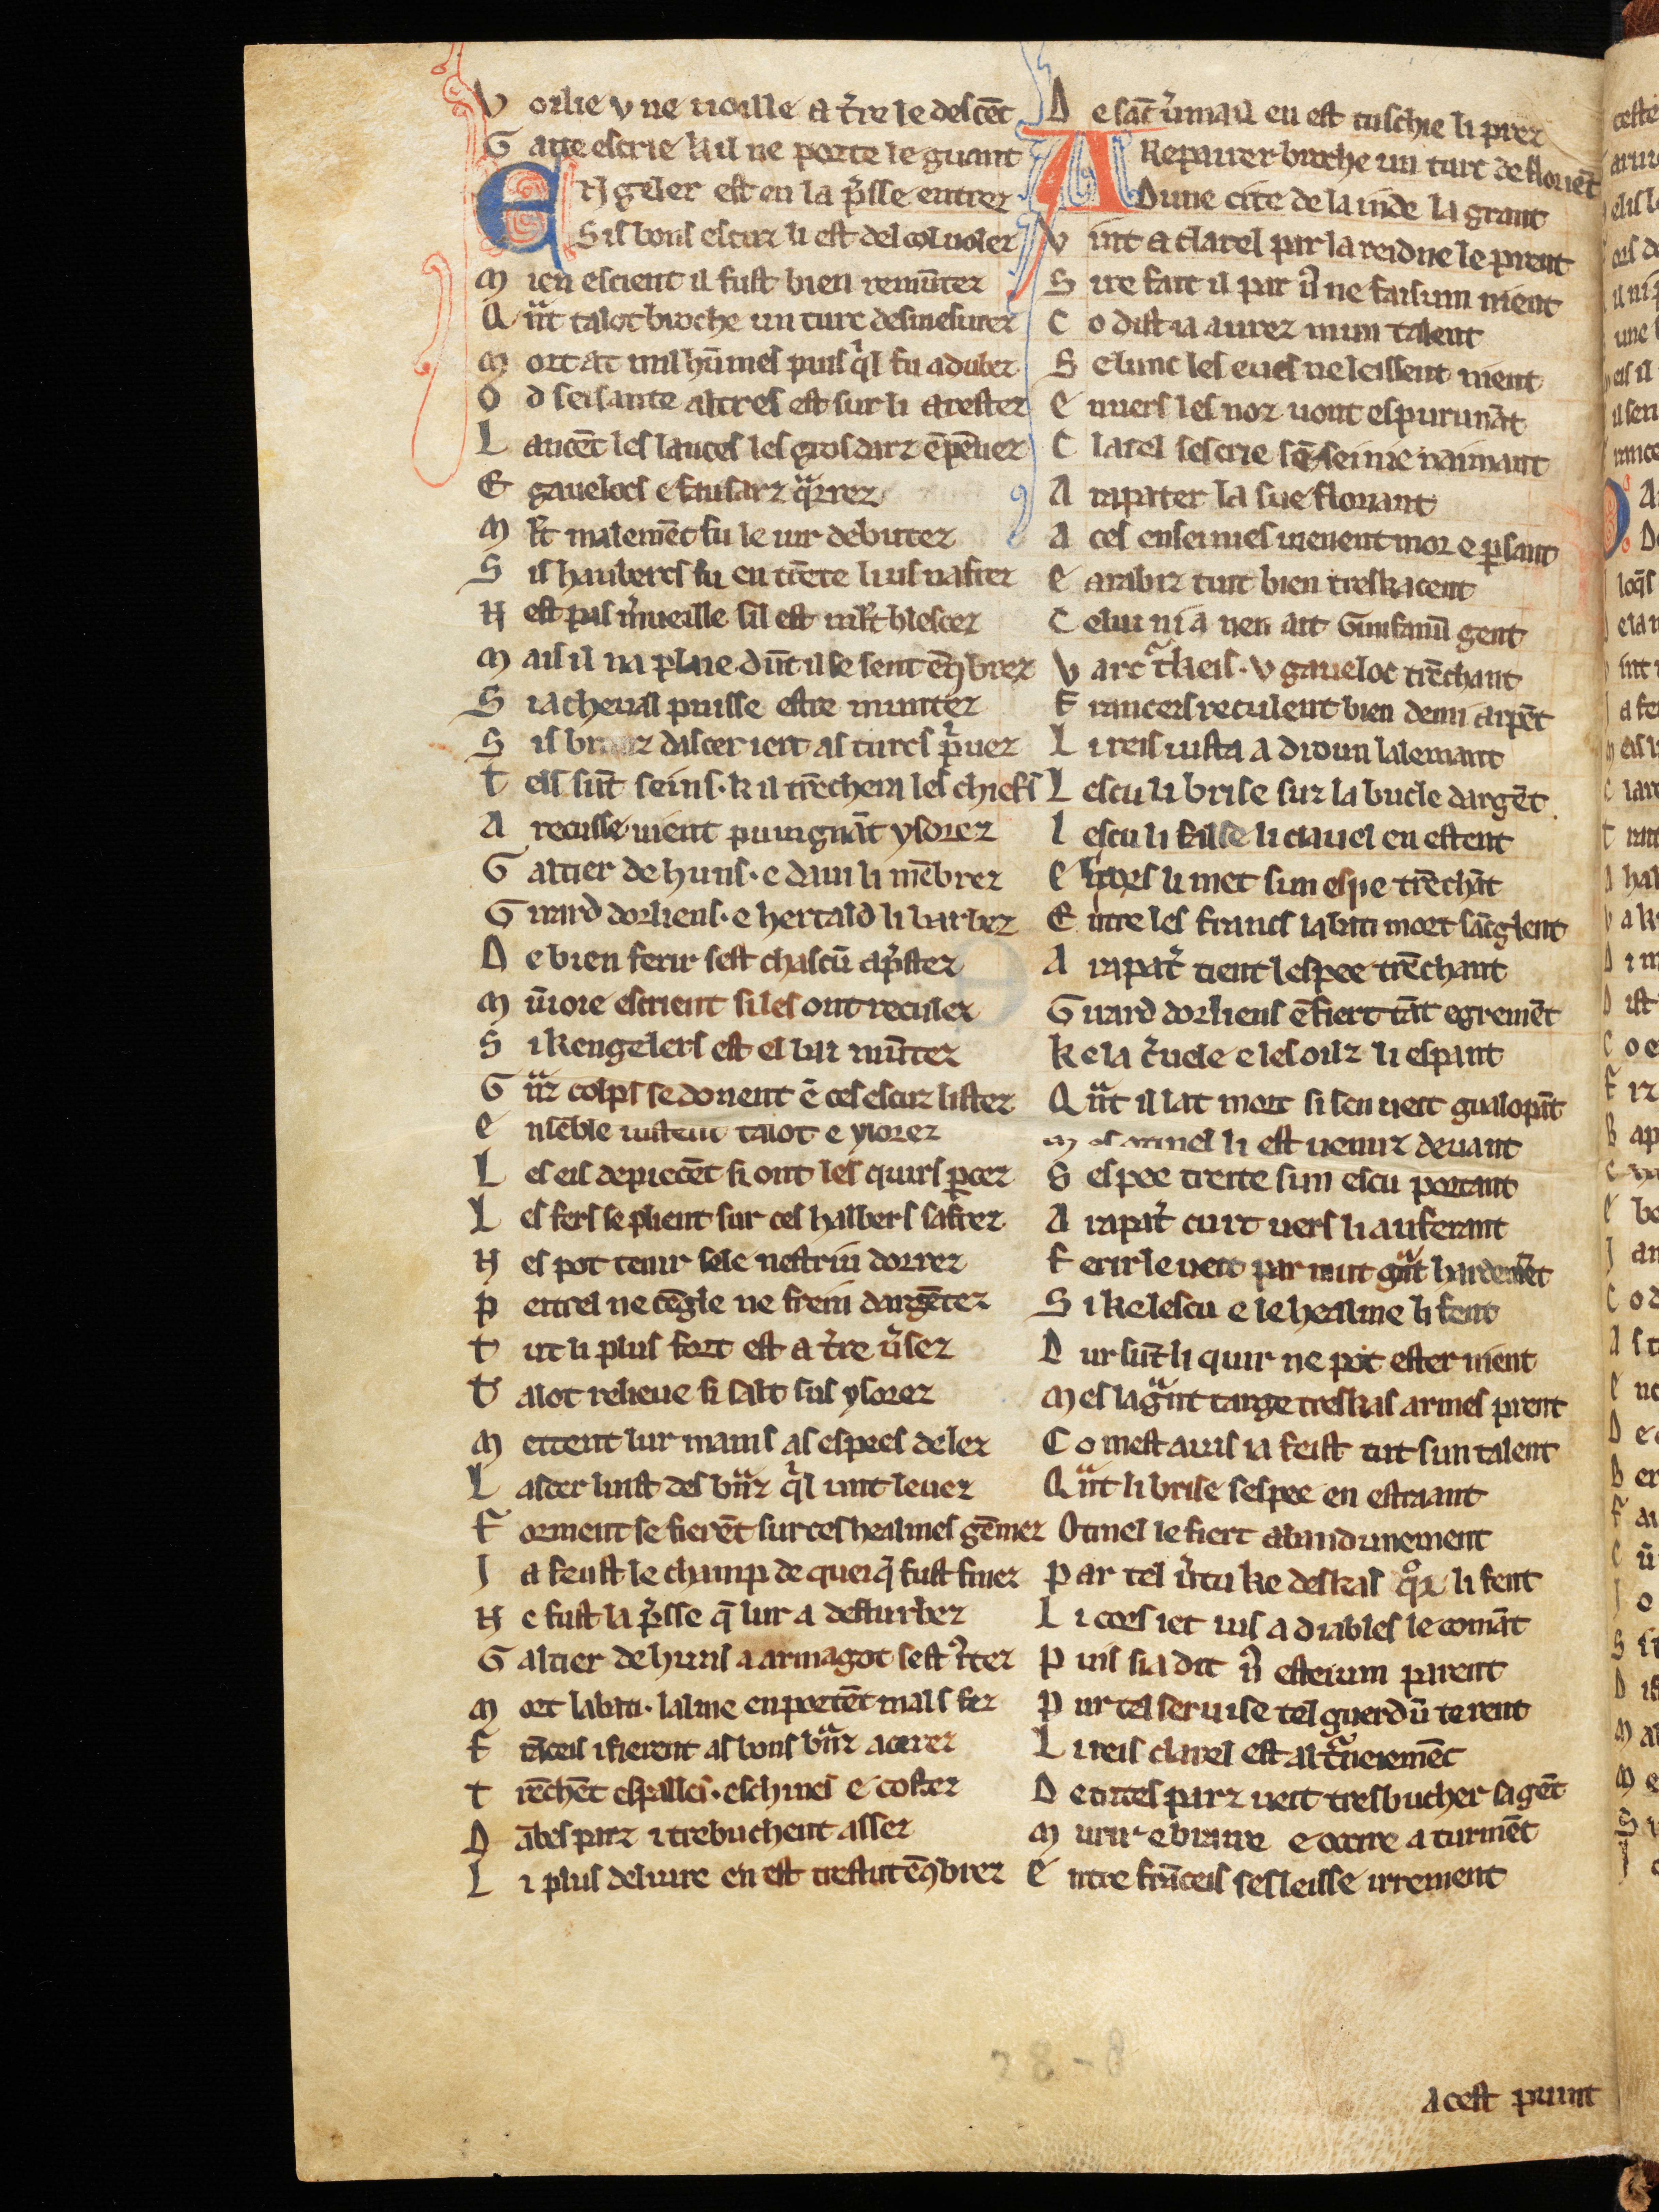
Shelfmark: Cologne, Bodmer, 168
Century: 13